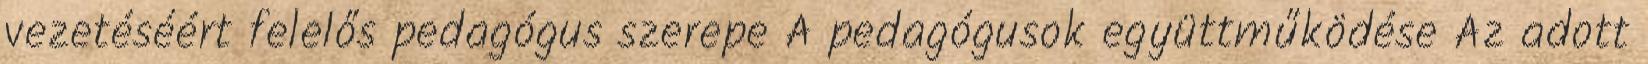
vezetéséért felelős pedagógus szerepe A pedagógusok együttműködése Az adott